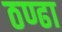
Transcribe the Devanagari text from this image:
ठण्ढा